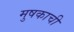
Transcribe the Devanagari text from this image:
मुषकाची